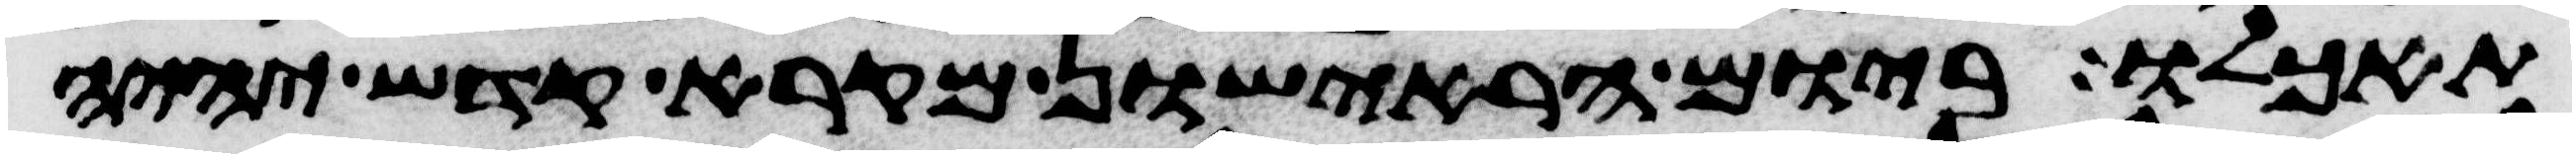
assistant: תאכלו ביום הראישון מקרא קדש יהיה